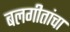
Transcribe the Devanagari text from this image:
बलगीतांचा